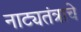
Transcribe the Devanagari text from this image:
नाट्यतंत्राचे